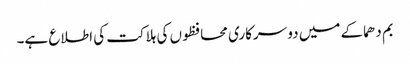
بم دھماکے میں دو سرکاری محافظوں کی ہلاکت کی اطلاع ہے۔